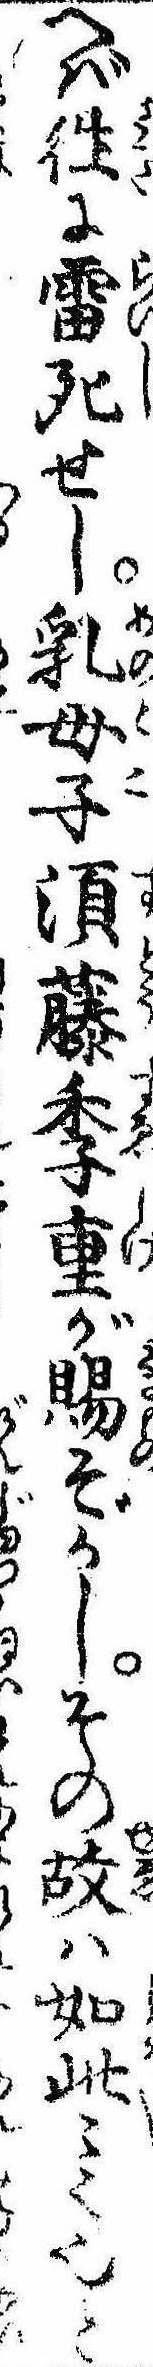
へば往に雷死せし乳母子須藤季重が賜ぞかしその故は如此〻〻也と